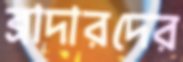
ব্রাদারদের